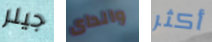
جيلر والداى أكثر